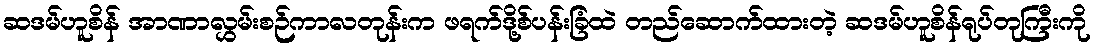
ဆဒမ်ဟူစိန် အာဏာလွှမ်းစဉ်ကာလတုန်းက ဖရက်ဒို့စ်ပန်းခြံထဲ တည်ဆောက်ထားတဲ့ ဆဒမ်ဟူစိန်ရုပ်တုကြီးကို